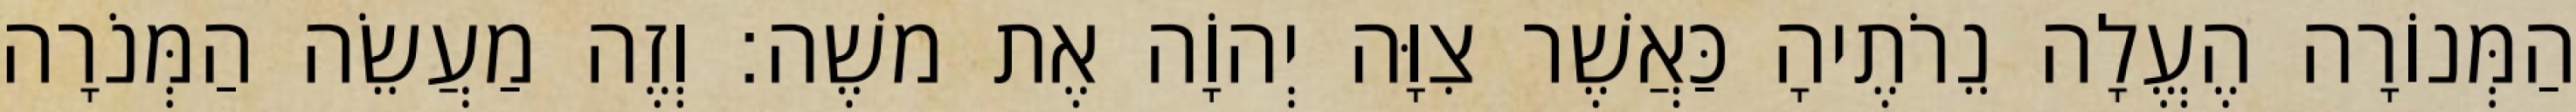
הַמְּנוֹרָה הֶעֱלָה נֵרֹתֶיהָ כַּאֲשֶׁר צִוָּה יְהוָֹה אֶת משֶׁה׃ וְזֶה מַעֲשֵׂה הַמְּנֹרָה